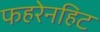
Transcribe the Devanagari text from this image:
फहरेनहिट